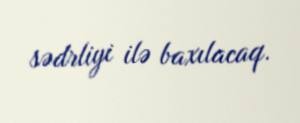
sədrliyi ilə baxılacaq.